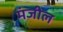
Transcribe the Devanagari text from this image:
मंजील